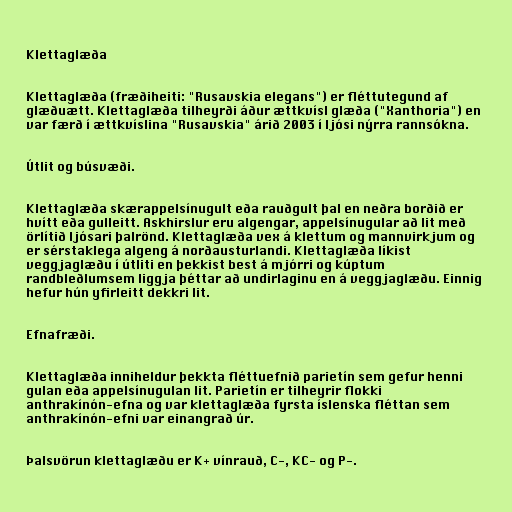
Klettaglæða

Klettaglæða (fræðiheiti: "Rusavskia elegans") er fléttutegund af
glæðuætt. Klettaglæða tilheyrði áður ættkvísl glæða ("Xanthoria") en
var færð í ættkvíslina "Rusavskia" árið 2003 í ljósi nýrra rannsókna.

Útlit og búsvæði.

Klettaglæða skærappelsínugult eða rauðgult þal en neðra borðið er
hvítt eða gulleitt. Askhirslur eru algengar, appelsínugular að lit með
örlítið ljósari þalrönd. Klettaglæða vex á klettum og mannvirkjum og
er sérstaklega algeng á norðausturlandi. Klettaglæða líkist
veggjaglæðu í útliti en þekkist best á mjórri og kúptum
randbleðlumsem liggja þéttar að undirlaginu en á veggjaglæðu. Einnig
hefur hún yfirleitt dekkri lit.

Efnafræði.

Klettaglæða inniheldur þekkta fléttuefnið parietín sem gefur henni
gulan eða appelsínugulan lit. Parietín er tilheyrir flokki
anthrakínón-efna og var klettaglæða fyrsta íslenska fléttan sem
anthrakínón-efni var einangrað úr.

Þalsvörun klettaglæðu er K+ vínrauð, C-, KC- og P-.